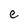
Character: e